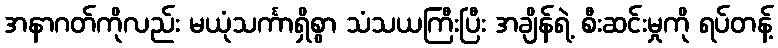
အနာဂတ်ကိုလည်း မယုံသင်္ကာရှိစွာ သံသယကြီးပြီး အချိန်ရဲ့ စီးဆင်းမှုကို ရပ်တန့်